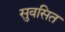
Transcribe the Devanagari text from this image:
सुवसित